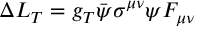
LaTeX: \Delta L _ { T } = g _ { T } \bar { \psi } \sigma ^ { \mu \nu } \psi F _ { \mu \nu }